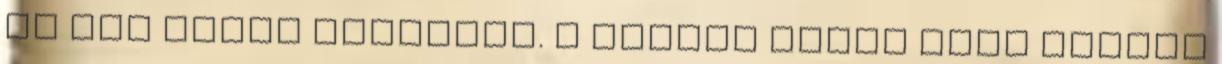
rá nem untak egymásra. A király ekkor jobb kedvre